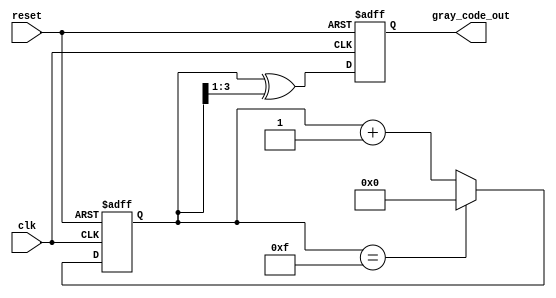
module gray_code_counter #(
    parameter N = 4  // Number of bits for the counter
)(
    input wire clk,        // Clock signal
    input wire reset,      // Active-high asynchronous reset
    output reg [N-1:0] gray_code_out // Gray code output
);

    reg [N-1:0] binary_count; // Binary counter register

    // Binary to Gray code conversion function
    function [N-1:0] binary_to_gray;
        input [N-1:0] binary;
        begin
            binary_to_gray = binary ^ (binary >> 1);
        end
    endfunction

    // Asynchronous reset and counter logic
    always @(posedge clk or posedge reset) begin
        if (reset) begin
            binary_count <= 0; // Reset binary counter to 0
            gray_code_out <= binary_to_gray(0); // Reset Gray code output
        end else begin
            if (binary_count == (1 << N) - 1) begin
                binary_count <= 0; // Wrap around to 0
            end else begin
                binary_count <= binary_count + 1; // Increment binary counter
            end
            gray_code_out <= binary_to_gray(binary_count); // Update Gray code output
        end
    end

endmodule